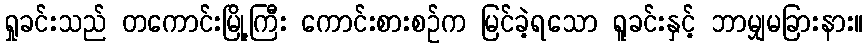
ရှုခင်းသည် တကောင်းမြို့ကြီး ကောင်းစားစဉ်က မြင်ခဲ့ရသော ရူခင်းနှင့် ဘာမျှမခြားနား။